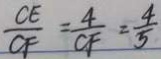
\frac { C E } { C F } = \frac { 4 } { C F } = \frac { 4 } { 5 }